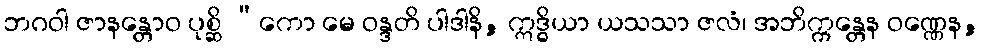
ဘဂဝါ ဇာနန္တောဝ ပုစ္ဆိ “ကော မေ ဝန္ဒတိ ပါဒါနိ, ဣဒ္ဓိယာ ယသသာ ဇလံ၊ အဘိက္ကန္တေန ဝဏ္ဏေန,